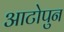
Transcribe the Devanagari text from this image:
आटोपुन